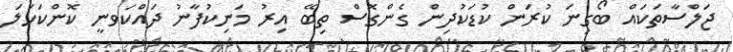
ޖަލްސާތަކައް ބޯގިނަ ކުރަން ކުޑަކުދިން ގެންގޮސް ތިބޭ އިރު މަނިކުފާނު ދައްކަވނީ ކޮންކަހަލަ